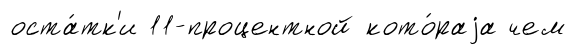
оста́тк'и 11-процентной кото́раjа чем